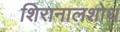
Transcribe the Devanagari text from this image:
शिरानालशोथ